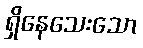
ရှိနေသေးသော